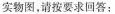
实物图，请按要求回答：